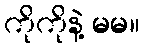
ကိုကိုနဲ့ မမ။